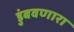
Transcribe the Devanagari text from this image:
डुंबवणारा